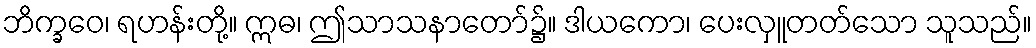
ဘိက္ခဝေ၊ ရဟန်းတို့။ ဣဓ၊ ဤသာသနာတော်၌။ ဒါယကော၊ ပေးလှူတတ်သော သူသည်။